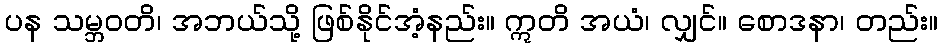
ပန သမ္ဘဝတိ၊ အဘယ်သို့ ဖြစ်နိုင်အံ့နည်း။ ဣတိ အယံ၊ လျှင်။ စောဒနာ၊ တည်း။